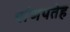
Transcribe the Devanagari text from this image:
र्वाणपतेह